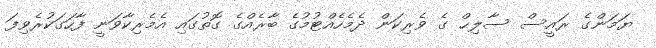
ޔަމަންގެ ރައީސް ސާލިޙް ގެ ވެރިކަން ދެމެހެއްޓުމުގެ ބާރެއްގެ ގޮތުގައި އެމެރިކާވަނީ ފާހަގަކުރެވިފަ